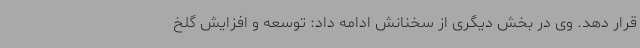
قرار دهد. وی در بخش دیگری از سخنانش ادامه داد: توسعه و افزایش گلخ